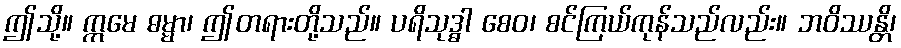
ဤသို့။ ဣမေ ဓမ္မာ၊ ဤတရားတို့သည်။ ပရိသုဒ္ဓါ စေဝ၊ စင်ကြယ်ကုန်သည်လည်း။ ဘဝိဿန္တိ၊